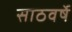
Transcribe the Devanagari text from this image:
साठवर्षे